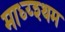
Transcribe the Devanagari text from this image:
माध्य्श्थम